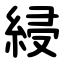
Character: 綅